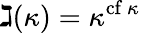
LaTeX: \gimel(\kappa)=\kappa^{{\mathrm{cf~}}\kappa}